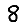
Digit: 8